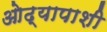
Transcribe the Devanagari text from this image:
ओढ्यापाशी